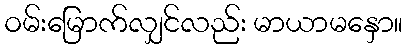
ဝမ်းမြောက်လျှင်လည်း မာယာမနှော။